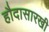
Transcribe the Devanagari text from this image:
हौदासारखी